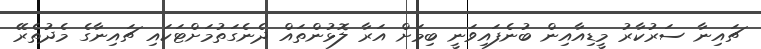
ޗައިނާ ސަރުކާރު މީޑިއާއިން ބުނެފައިވަނީ ބިމަށް އަރާ ލޮޅުންތައް ދެނެގަތުމަށްޓަކައި ޗައިނާގެ މެދުތެރޭ